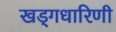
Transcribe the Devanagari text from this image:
खड्गधारिणी